Burma Government Medical School reports 1907-22
Year: 1907
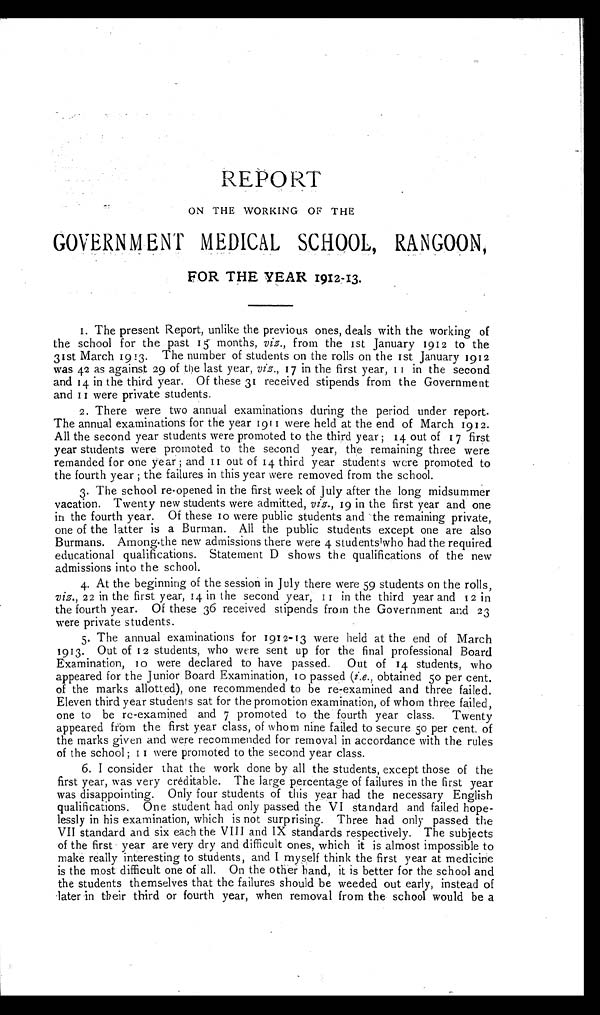
REPORT
ON THE WORKING OF THE
GOVERNMENT MEDICAL SCHOOL , RANGOON,
FOR THE YEAR 1912-13.
1. The present Report, unlike the previous ones, deals with the working of
the school for the past 15 months, viz., from the 1st January 1912 to the
31st March 1913. The number of students on the rolls on the 1st January 1912
was 42 as against 29 of the last year, viz., 17 in the first year, 11 in the second
and 14 in the third year. Of these 31 received stipends from the Government
and 11 were private students.
2. There were two annual examinations during the period under report.
The annual examinations for the year 1911 were held at the end of March 1912.
All the second year students were promoted to the third year; 14 out of 17 first
year students were promoted to the second year, the remaining three were
remanded for one year; and 11 out of 14 third year students were promoted to
the fourth year; the failures in this year were removed from the school.
3. The school re-opened in the first week of July after the long midsummer
vacation. Twenty new students were admitted, viz., 19 in the first year and one
in the fourth year. Of these 10 were public students and the remaining private,
one of the latter is a Burman. All the public students except one are also
Burmans. Among the new admissions there were 4 students who had the required
educational qualifications. Statement D shows the qualifications of the new
admissions into the school.
4. At the beginning of the session in July there were 59 students on the rolls,
viz., 22 in the first year, 14 in the second year, 11 in the third year and 12 in
the fourth year. Of these 36 received stipends from the Government and 23
were private students.
5. The annual examinations for 1912-13 were held at the end of March
1913. Out of 12 students, who were sent up for the final professional Board
Examination, 10 were declared to have passed. Out of 14 students, who
appeared for the Junior Board Examination, to passed ( i.e., obtained 50 per cent.
of the marks allotted), one recommended to be re-examined and three failed.
Eleven third year students sat for the promotion examination, of whom three failed,
one to be re-examined and 7 promoted to the fourth year class. Twenty
appeared from the first year class, of whom nine failed to secure 5o per cent. of
the marks given and were recommended for removal in accordance with the rules
of the school; 11 were promoted to the second year class.
6. I consider that the work done by all the students, except those of the
first year, was very creditable. The large percentage of failures in the first year
was disappointing. Only four students of this year had the necessary English
qualifications. One student had only passed the VI standard and failed hope
- l e s s l y i n h i s e x a m i n a t i o n , w h i c h i s n o t s u r p r i s i n g . T h r e e h a d o n l y p a s s e d t h e
VII standard and six each the VIII and IX standards respectively. The subjects
of the first year are very dry and difficult ones, which it is almost impossible to
make really interesting to students, and I myself think the first year at medicine
is the most difficult one of all. On the other hand, it is better for the school and
the students themselves that the failures should be weeded out early, instead of
later in their third or fourth year, when removal from the school would be a